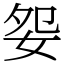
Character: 妴